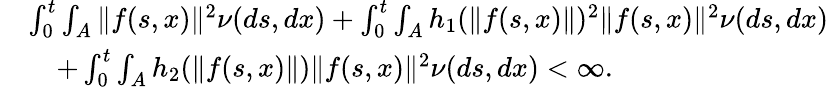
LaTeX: \begin{array}{rl}&{\int_{0}^{t}\int_{A}\| f(s,x)\| ^{2}\nu(ds,dx)+\int_{0}^{t}\int_{A}h_{1}(\| f(s,x)\| )^{2}\| f(s,x)\| ^{2}\nu(ds,dx)}\\ &{\quad+\int_{0}^{t}\int_{A}h_{2}(\| f(s,x)\| )\| f(s,x)\| ^{2}\nu(ds,dx)<\infty.}\end{array}